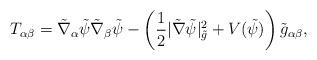
LaTeX: \begin{align*}T_{\alpha\beta}=\tilde{\nabla}_\alpha\tilde\psi\tilde{\nabla}_\beta\tilde\psi-\left(\frac{1}{2}|\tilde{\nabla}\tilde\psi|^2_{\tilde{g}}+V(\tilde\psi)\right)\tilde{g}_{\alpha\beta},\end{align*}